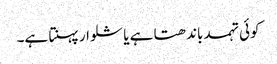
کوئی تہمد باندھتا ہے یا شلوار پہنتا ہے۔